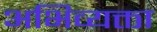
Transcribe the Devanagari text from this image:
अभिव्यक्ता